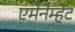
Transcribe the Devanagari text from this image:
एमेनेम्हेट